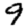
Digit: 9